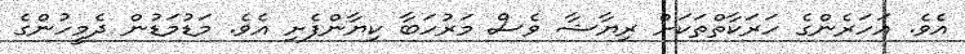
އެވެ. އަހަރެންގެ ހަރަކާތްތަކަށް ރިޔާޝާ ވެސް މަރުހަބާ ކިޔާންފެށި އެވެ. މަޑުމަޑުން ދެމީހުންގެ